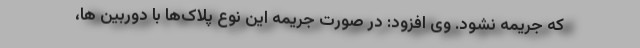
که جریمه نشود. وی افزود: در صورت جریمه این نوع پلاک‌ها با دوربین ها،